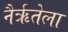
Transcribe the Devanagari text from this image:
नैर्ऋतेला